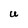
Character: U